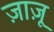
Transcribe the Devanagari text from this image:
ज़ाज़ू